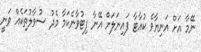
ނޭމާ އަށް އަނިޔާވެ ކުއާޓާ ފައިނަލަށް އޭނާ ފިޓުވާނެކަމާ މެދު ސުވާލުތަކެއް ވަނީ